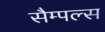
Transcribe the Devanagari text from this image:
सैम्पल्स